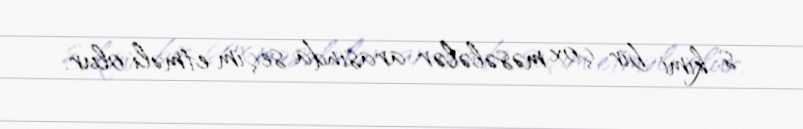
s. kimi bir çox məsələlər arasında seçim etməli olur.